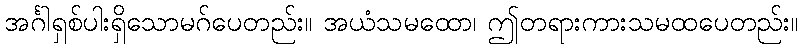
အင်္ဂါရှစ်ပါးရှိသောမဂ်ပေတည်း။ အယံသမထော၊ ဤတရားကားသမထပေတည်း။